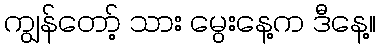
ကျွန်တော့် သား မွေးနေ့က ဒီနေ့။